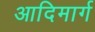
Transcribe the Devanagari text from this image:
आदिमार्ग